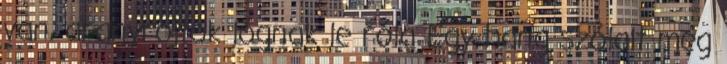
van, aranyrojtok lógnak le róla Egy hang szólalt meg